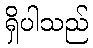
ရှိပါသည်